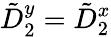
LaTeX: \tilde{D}_{2}^{y}=\tilde{D}_{2}^{x}